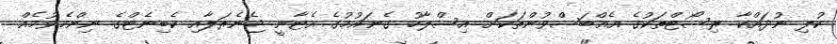
ކުލި ނުދައްކާ ރިސޯޓްތަކުގެ އެއްބަސްވުންތަކަށް އިސްލާހު ގެނައުމުގެ އެޓާނީ ޖެނެރަލާއި ކެބިނެޓްގެ ނިންމެވުމެއް